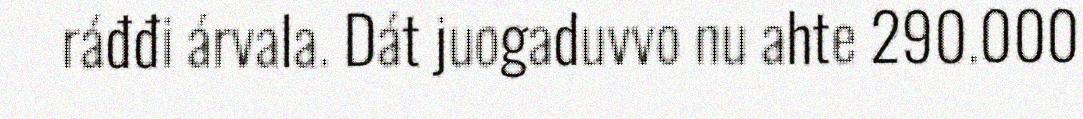
ráđđi árvala. Dát juogaduvvo nu ahte 290.000